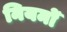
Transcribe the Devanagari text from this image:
नियमोँ